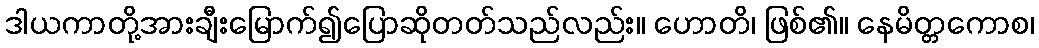
ဒါယကာတို့အားချီးမြောက်၍ပြောဆိုတတ်သည်လည်း။ ဟောတိ၊ ဖြစ်၏။ နေမိတ္တကောစ၊